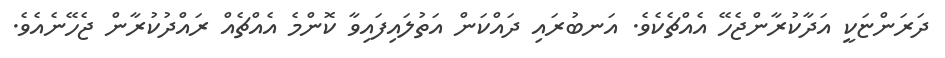
ދަރަންޏަކީ އަދާކުރާންޖެހޭ އެއްޗެކެވެ. އަނބުރައި ދައްކަން އަތުލައިފައިވާ ކޮންމެ އެއްޗެއް ރައްދުކުރާން ޖެހޭނެއެވެ.